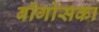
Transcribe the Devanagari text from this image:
बोंगोसका